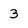
Character: 3